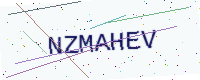
Text: NZMAHEV